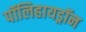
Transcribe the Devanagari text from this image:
पॉलिहायड्रॉन